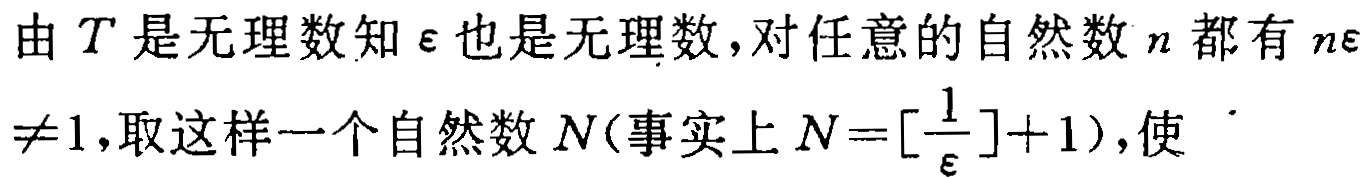
由\(T\)是无理数知\(\varepsilon\)也是无理数，对任意的自然数\(n\)都有\(n\varepsilon\neq1\)，取这样一个自然数\(N\)（事实上\(N = \left[\frac{1}{\varepsilon}\right]+1\)），使